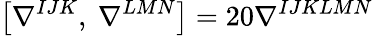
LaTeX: \left[\nabla^{IJK},\ \nabla^{LMN}\right]=20\nabla^{IJKLMN}